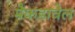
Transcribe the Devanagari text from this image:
मैकडावेल